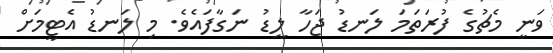
ވަނީ މެޗުގެ ފުރަތަމަ ލަނޑު ޖަހާ ލީޑު ނަގާފައެވެ. މި ލަނޑު އެޓީމަށް